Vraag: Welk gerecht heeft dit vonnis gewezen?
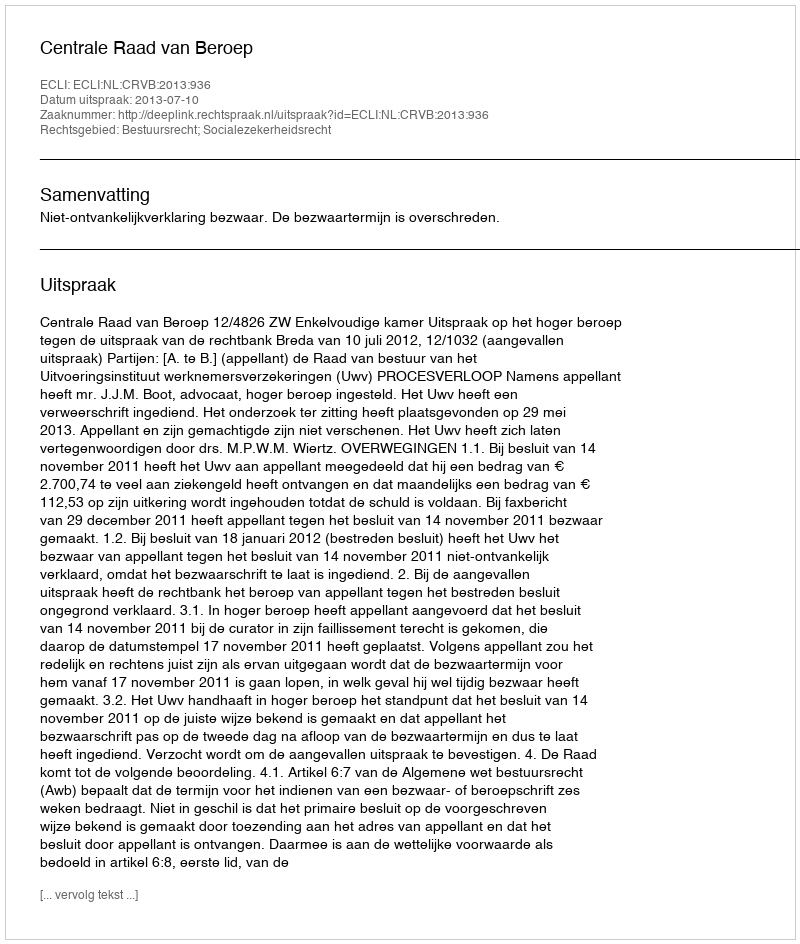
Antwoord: Centrale Raad van Beroep